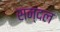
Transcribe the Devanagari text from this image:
सन्दल